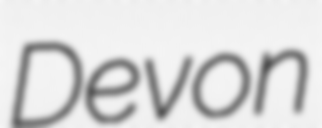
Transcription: Devon